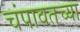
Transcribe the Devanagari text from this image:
चंपावतच्या